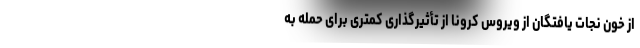
از خون نجات یافتگان از ویروس کرونا از تأثیرگذاری کمتری برای حمله به